Civil Veterinary Department. United Provinces 1932-42 - 1932-1942
Year: 1932
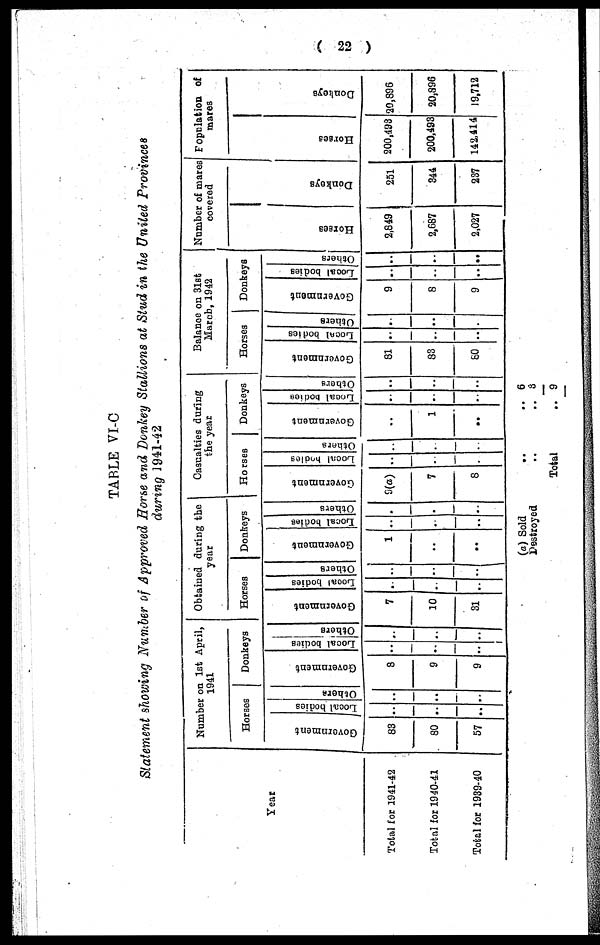
( 22 )
TABLE VI-C
Statement showing Number of Approved Horse and Donkey Stallions at Stud in the United Provinces
during 1941-42
Year
Total for 1941-42
Total for 1940-41
Total for 1939-40
Number on 1st April,
1941
Horses
Govornment
83
80
57
Local bodies
..
..
..
Others
..
..
..
Donkeys
Government
8
9
9
Local
bodies
..
..
..
Others
..
..
..
Obtained during the
year
Horses
Government
7
10
31
Local bodies
..
..
..
Others
..
..
..
Donkeys
Government
1
..
..
Local bodies
..
..
..
Others
..
..
..
Casualties during
the year
Horses
Government
9(a)
7
8
Local bodies
..
..
..
Others
..
..
..
Donkeys
Government
..
1
..
Local bodies
..
..
..
Others
..
..
..
Balance on 31st
March, 1942
Horses
Government
81
83
80
Local bodies
..
..
..
Others
..
..
Donkeys
Government
9
8
9
Local bodies
..
..
..
Others
..
..
..
Number of mares
covered
Hor s es
2,849
2,687
2,027
Donke ys
251
344
237
Fopnlation of
mares
Hor s es
200,493
200,493
142,414
Donke ys
20,896
20,896
19,712
(a) Sold
..
..
Destroyed
..
..
Total
6
3
9